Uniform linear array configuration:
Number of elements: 24
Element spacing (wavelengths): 0.25
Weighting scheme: hamming
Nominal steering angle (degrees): -45
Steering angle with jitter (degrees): -44.806
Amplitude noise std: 0.05
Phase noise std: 0.05

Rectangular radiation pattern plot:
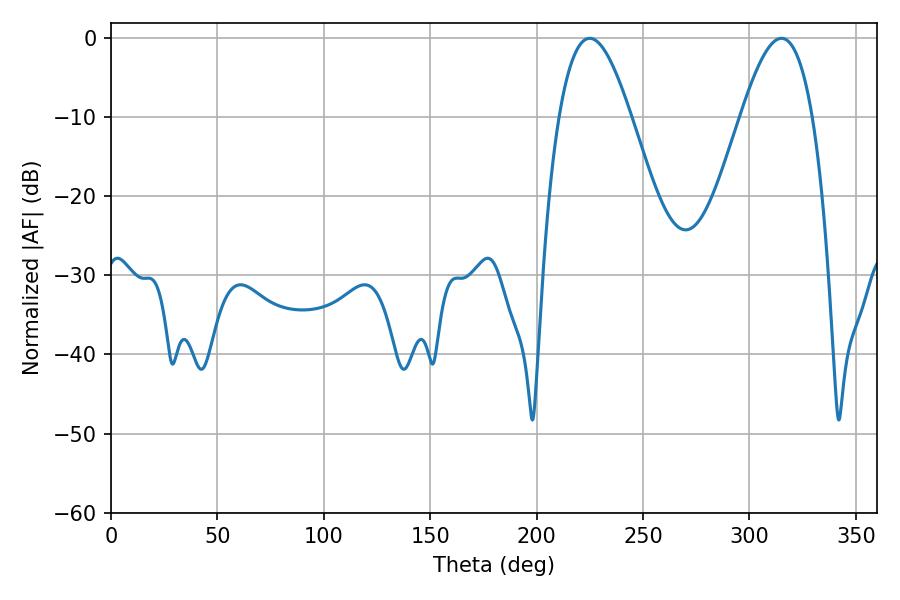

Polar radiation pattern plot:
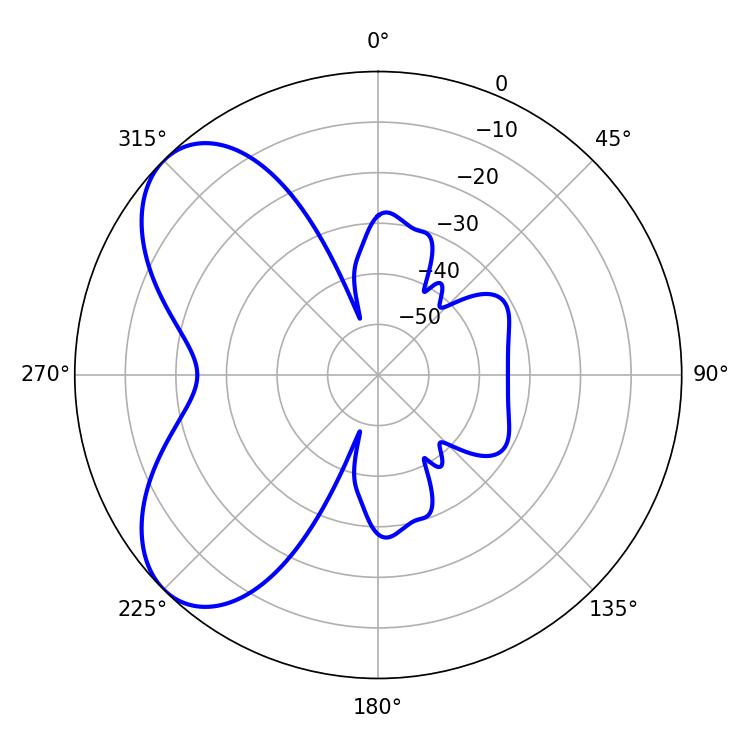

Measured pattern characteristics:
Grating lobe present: FALSE
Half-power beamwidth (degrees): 18.36
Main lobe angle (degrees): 225